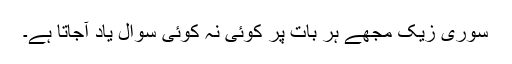
سوری زیک مجھے ہر بات پر کوئی نہ کوئی سوال یاد آجاتا ہے۔